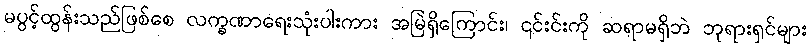
မပွင့်ထွန်းသည်ဖြစ်စေ လက္ခဏာရေးသုံးပါးကား အမြဲရှိကြောင်း၊ ၎င်းင်းကို ဆရာမရှိဘဲ ဘုရားရှင်များ